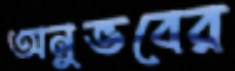
অনুভবের